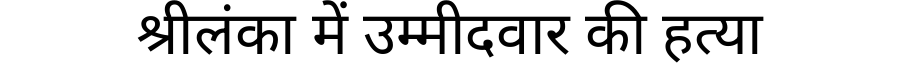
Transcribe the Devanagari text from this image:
श्रीलंका में उम्मीदवार की हत्या